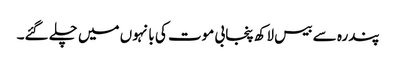
پندرہ سے بیس لاکھ پنجابی موت کی بانہوں میں چلے گئے۔